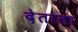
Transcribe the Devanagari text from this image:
देताता